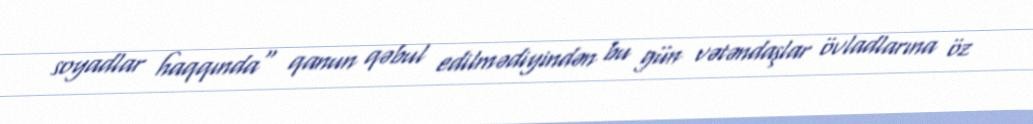
soyadlar haqqında" qanun qəbul edilmədiyindən bu gün vətəndaşlar övladlarına öz